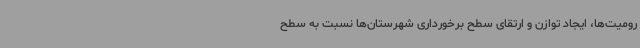
رومیت‌ها، ایجاد توازن و ارتقای سطح برخورداری شهرستان‌ها نسبت به سطح